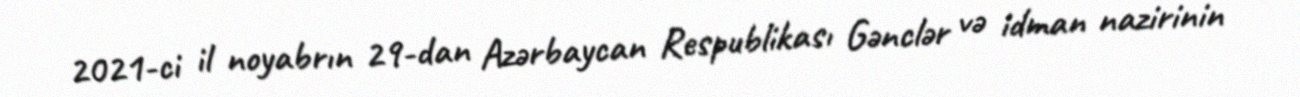
2021-ci il noyabrın 29-dan Azərbaycan Respublikası Gənclər və idman nazirinin